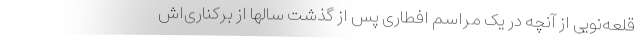
قلعه‌نویی از آنچه در یک مراسم افطاری پس از گذشت سالها از برکناری‌اش